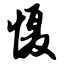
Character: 慑